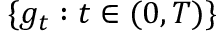
\{ g _ { t } : t \in ( 0 , T ) \}